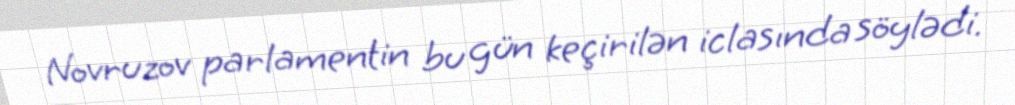
Novruzov parlamentin bu gün keçirilən iclasında söylədi.